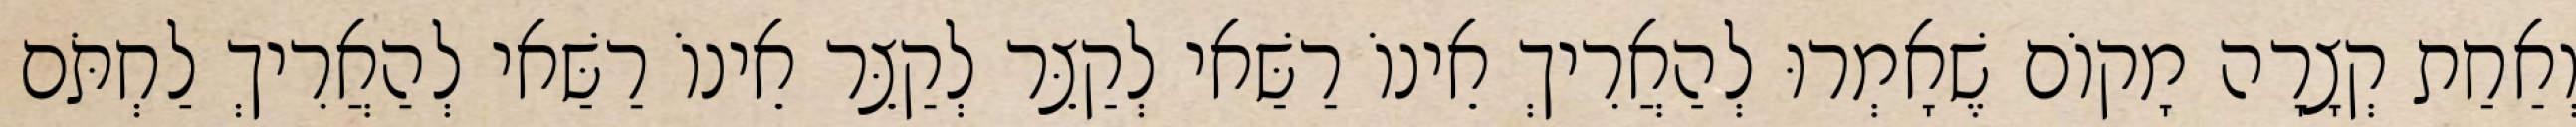
וְאַחַת קְצָרָה מָקוֹם שֶׁאָמְרוּ לְהַאֲרִיךְ אֵינוֹ רַשַּׁאי לְקַצֵּר לְקַצֵּר אֵינוֹ רַשַּׁאי לְהַאֲרִיךְ לַחְתֹּם